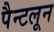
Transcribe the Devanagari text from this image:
पैन्टलून